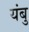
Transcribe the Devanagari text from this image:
यंबु